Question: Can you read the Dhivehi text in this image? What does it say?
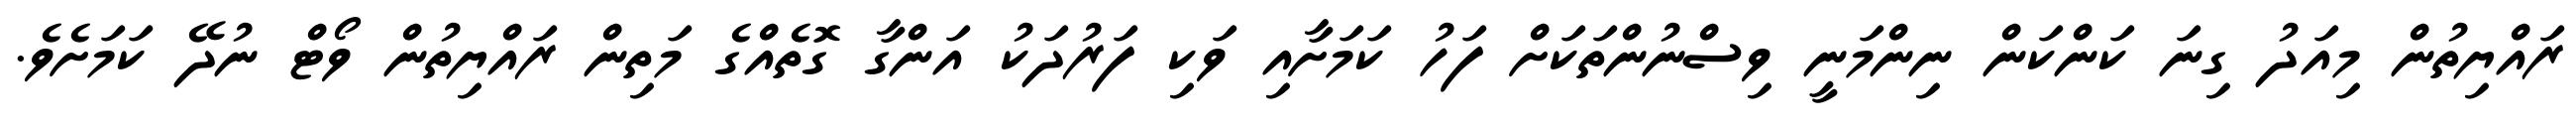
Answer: ރައްޔިތުން މިއަދު ގިނަ ކަންކަން ނިންމަނީ ވިސްނުންތަކަށް ފަހު ކަމަށާއި ވަކި ފަރުދަކު އަންގާ ގޮތެއްގެ މަތިން ރައްޔިތުން ވޯޓް ނުދޭ ކަމަށެވެ.